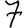
Digit: 7